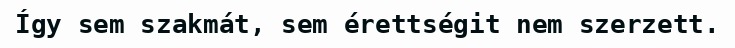
Így sem szakmát, sem érettségit nem szerzett.